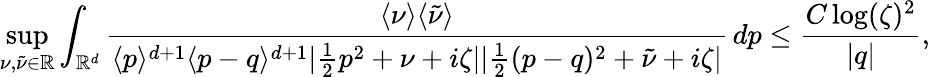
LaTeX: \operatorname*{sup}_{\nu,\tilde{\nu}\in\mathbb{R}}\int_{\mathbb{R}^{d}}\frac{\langle\nu\rangle\langle\tilde{\nu}\rangle}{\langle p\rangle^{d+1}\langle p-q\rangle^{d+1}|\frac{1}{2}p^{2}+\nu+i\zeta||\frac{1}{2}(p-q)^{2}+\tilde{\nu}+i\zeta|}\, dp\leq\frac{C\log(\zeta)^{2}}{|q|},